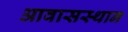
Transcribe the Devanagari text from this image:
आवासस्थान